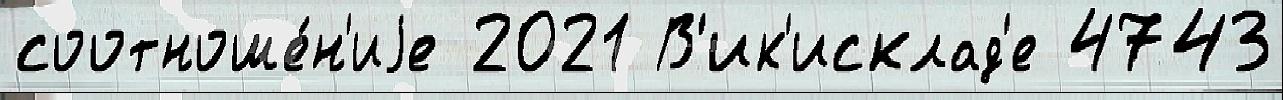
соотноше́н'иjе 2021 В'ик'исклад'е 4743